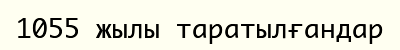
1055 жылы таратылғандар